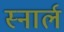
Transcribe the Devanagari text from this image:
स्नार्ल